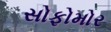
સોફોમોર